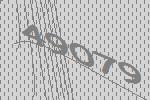
49079